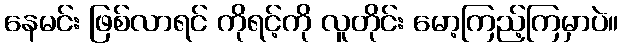
နေမင်း ဖြစ်လာရင် ကိုရင့်ကို လူတိုင်း မော့ကြည့်ကြမှာပဲ။